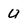
Character: u